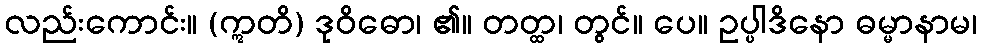
လည်းကောင်း။ (ဣတိ) ဒုဝိဓော၊ ၏။ တတ္ထ၊ တွင်။ ပေ။ ဥပ္ပါဒိနော ဓမ္မာနာမ၊